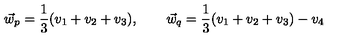
\vec { w } _ { p } = \frac { 1 } { 3 } ( v _ { 1 } + v _ { 2 } + v _ { 3 } ) , \qquad \vec { w } _ { q } = \frac { 1 } { 3 } ( v _ { 1 } + v _ { 2 } + v _ { 3 } ) - v _ { 4 }